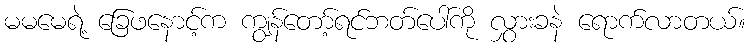
မမမေရဲ့ ခြေဖနောင့်က ကျွန်တော့်ရင်ဘတ်ပေါ်ကို လွှားခနဲ ရောက်လာတယ်။